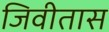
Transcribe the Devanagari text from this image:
जिवीतास